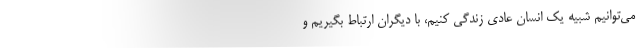
می‌توانیم شبیه یک انسان عادی زندگی کنیم، با دیگران ارتباط بگیریم و